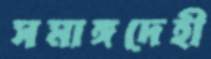
সমাঙ্গদেহী